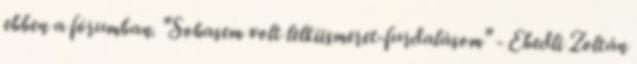
ebben a fórumban. "Sohasem volt lelkiismeret-furdalásom" - Ebedli Zoltán